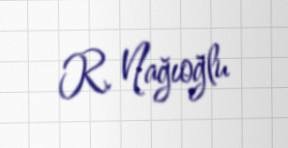
R. Nağıoğlu